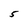
Character: 5